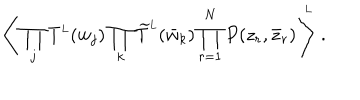
\left\langle \, \prod _ { j } T ^ { \mathrm { \scriptscriptstyle L } } ( w _ { j } ) \prod _ { k } \widetilde T ^ { \mathrm { \scriptscriptstyle L } } ( \bar { w } _ { k } ) \prod _ { r = 1 } ^ { N } P ( z _ { r } , \bar { z } _ { r } ) \, \right\rangle ^ { \! \! \! \mathrm { \scriptscriptstyle L } } \ .